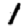
Digit: 1